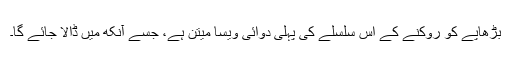
بڑھاپے کو روکنے کے اس سلسلے کی پہلی دوائی ویسا میتن ہے، جسے آنکھ میں ڈالا جائے گا۔